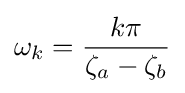
\omega _{k}={\frac {k\pi }{\zeta _{a}-\zeta _{b}}}